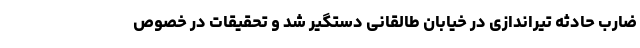
ضارب حادثه تیراندازی در خیابان طالقانی دستگیر شد و تحقیقات در خصوص